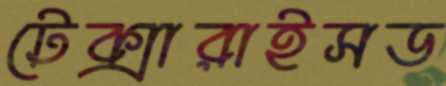
টেক্সারাইসড